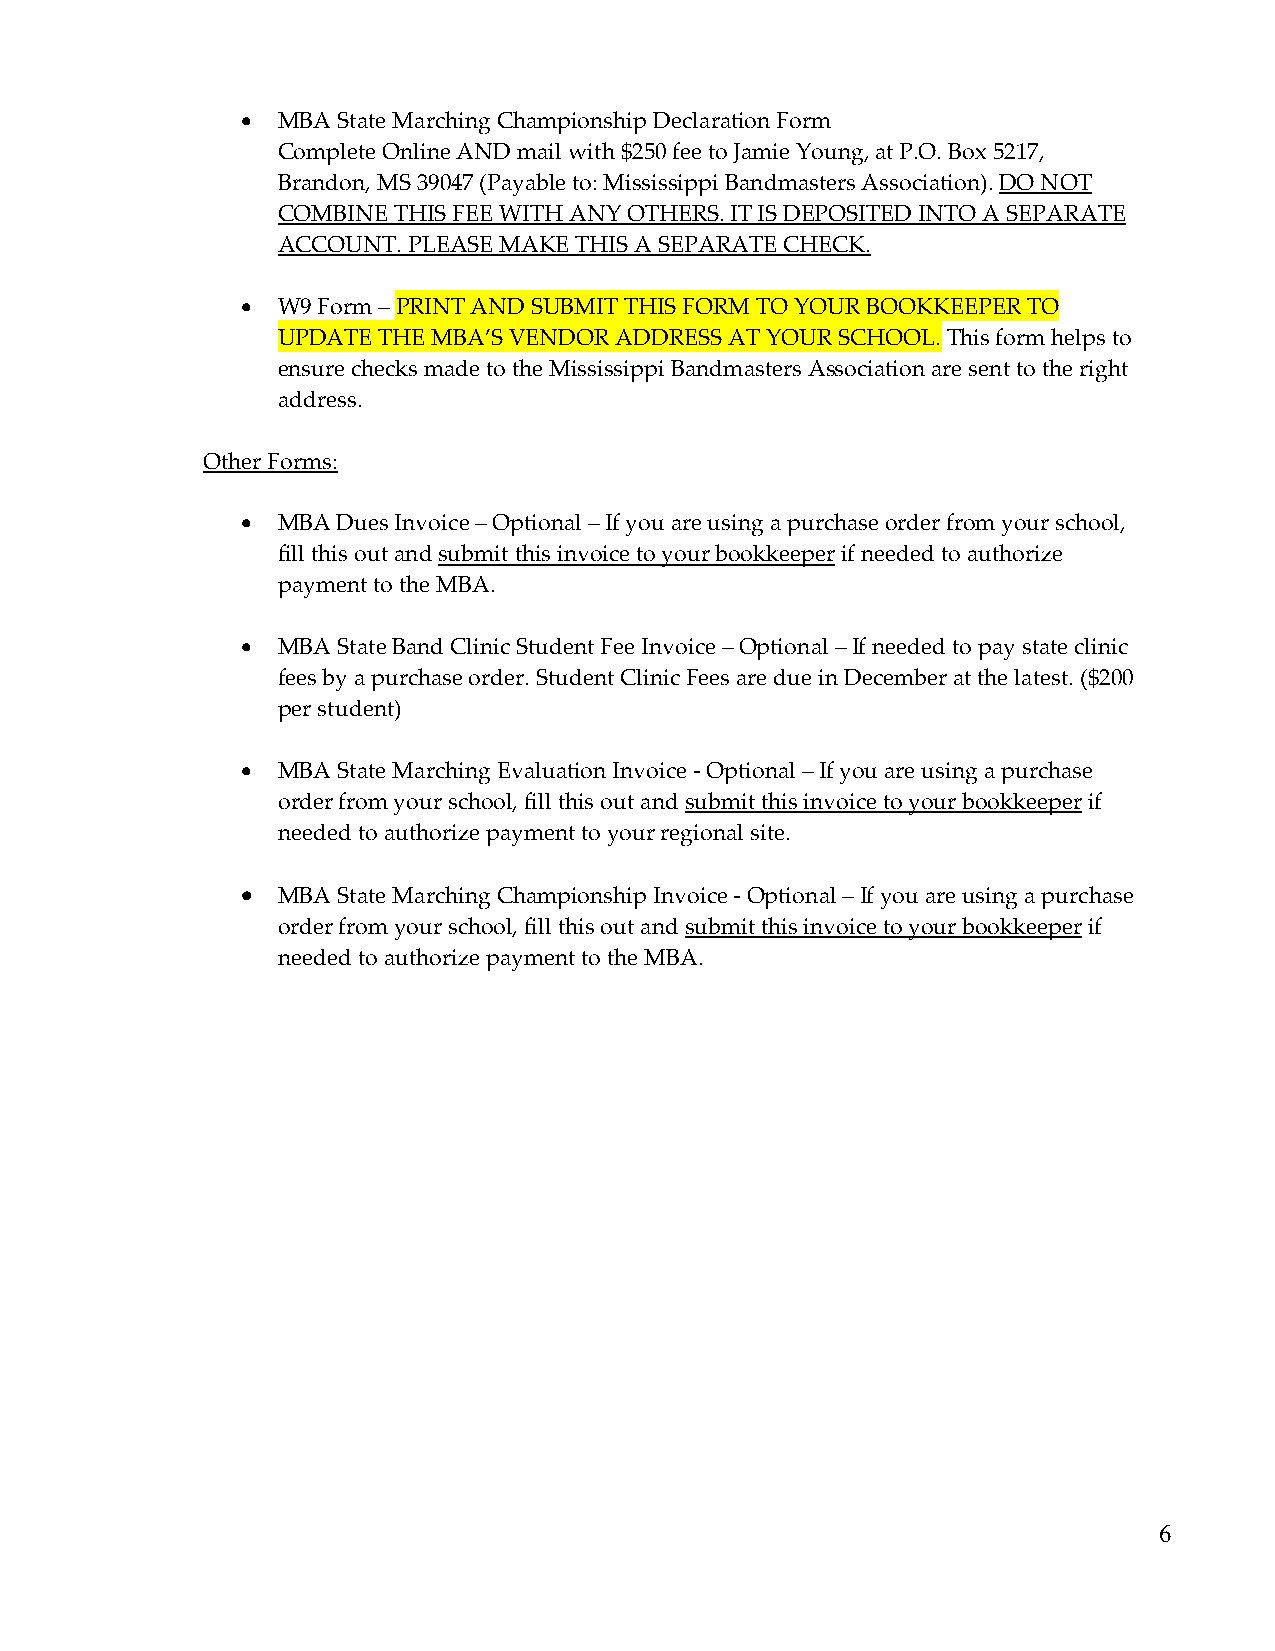
• MBA State Marching Championship Declaration Form
 Complete Online AND mail with $250 fee to Jamie Young, at P.O. Box 5217,
 Brandon, MS 39047 (Payable to: Mississippi Bandmasters Association). DO NOT
 COMBINE THIS FEE WITH ANY OTHERS. IT IS DEPOSITED INTO A SEPARATE
 ACCOUNT. PLEASE MAKE THIS A SEPARATE CHECK.
 • W9 Form – PRINT AND SUBMIT THIS FORM TO YOUR BOOKKEEPER TO
 UPDATE THE MBA’S VENDOR ADDRESS AT YOUR SCHOOL. This form helps to
 ensure checks made to the Mississippi Bandmasters Association are sent to the right
 address.
 Other Forms:
 • MBA Dues Invoice – Optional – If you are using a purchase order from your school,
 fill this out and submit this invoice to your bookkeeper if needed to authorize
 payment to the MBA.
 • MBA State Band Clinic Student Fee Invoice – Optional – If needed to pay state clinic
 fees by a purchase order. Student Clinic Fees are due in December at the latest. ($200
 per student)
 • MBA State Marching Evaluation Invoice - Optional – If you are using a purchase
 order from your school, fill this out and submit this invoice to your bookkeeper if
 needed to authorize payment to your regional site.
 • MBA State Marching Championship Invoice - Optional – If you are using a purchase
 order from your school, fill this out and submit this invoice to your bookkeeper if
 needed to authorize payment to the MBA.
 6